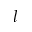
l